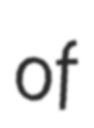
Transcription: of